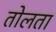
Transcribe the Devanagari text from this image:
तोलता